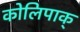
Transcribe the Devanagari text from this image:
कोलिपाक्